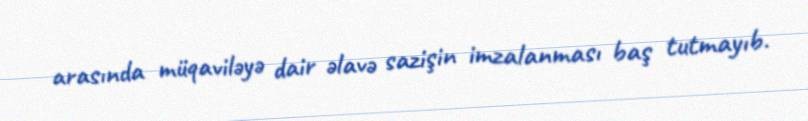
arasında müqaviləyə dair əlavə sazişin imzalanması baş tutmayıb.